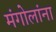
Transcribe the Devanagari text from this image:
मंगोलांना